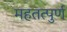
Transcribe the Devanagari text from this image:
महतत्पुर्ण